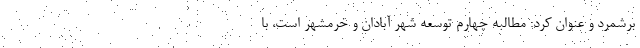
برشمرد و عنوان کرد: مطالبه چهارم توسعه شهر آبادان و خرمشهر است، با